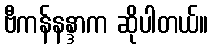
ဗီကန်နန္ဒာက ဆိုပါတယ်။